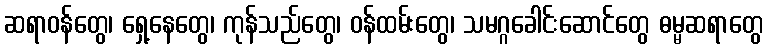
ဆရာဝန်တွေ၊ ရှေ့နေတွေ၊ ကုန်သည်တွေ၊ ဝန်ထမ်းတွေ၊ သမဂ္ဂခေါင်းဆောင်တွေ ဓမ္မဆရာတွေ